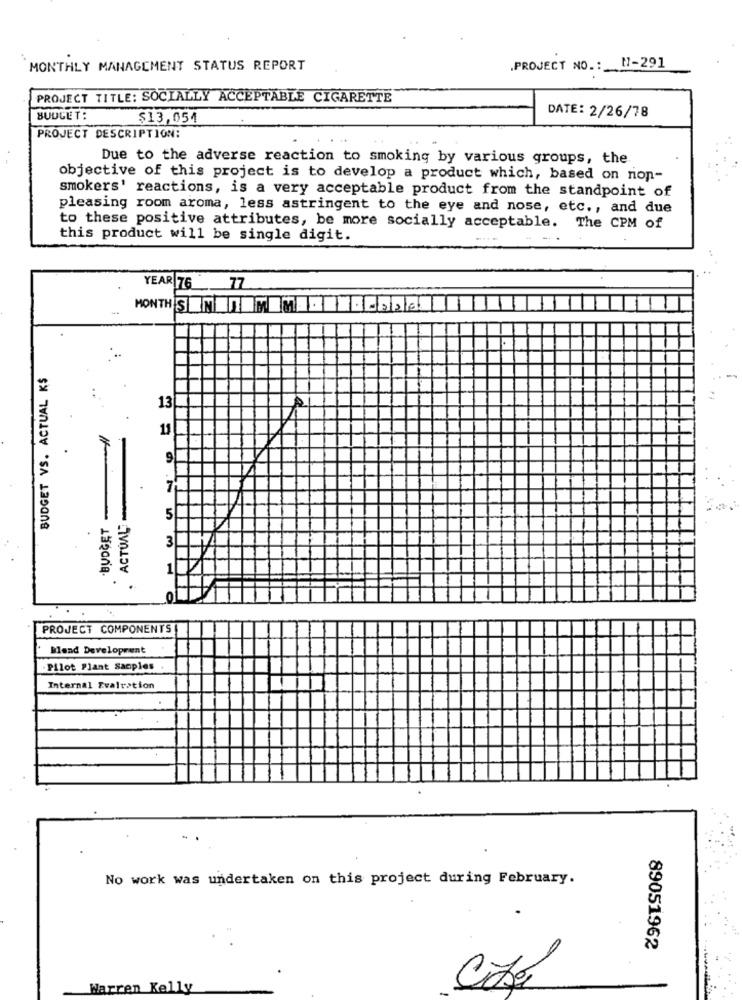
MONTHLY MANAGEMENT STATUS REPORT
.PROJECT NO .: 1-291
PROJECT TITLE: SOCIALLY ACCEPTABLE CIGARETTE
BUDGET:
$13,054
DATE: 2/26/78
PROJECT DESCRIPTION:
Due to the adverse reaction to smoking by various groups, the
objective of this project is to develop a product which, based on non-
smokers' reactions, is a very acceptable product from the standpoint of
pleasing room aroma, less astringent to the eye and nose, etc ., and due
to these positive attributes, be more socially acceptable. The CPM of
this product will be single digit.
YEAR 76 77
MONTHS 7 8 -22/6
BUDGET VS. ACTUAL K$
13
11
9
7
5
. ACTUAL
3
O
PROJECT COMPONENTS
Blend Development
- Pilot Plant Samples
Internal Evaluation
No work was undertaken on this project during February.
89051962
Cité
Warren Kelly